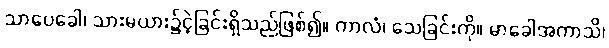
သာပေခေါ၊ သားမယား၌ငဲ့ခြင်းရှိသည်ဖြစ်၍။ ကာလံ၊ သေခြင်းကို။ မာခေါအကာသိ၊